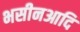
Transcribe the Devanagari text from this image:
भसीनआदि